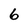
Character: 6